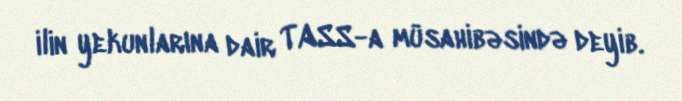
ilin yekunlarına dair TASS-a müsahibəsində deyib.